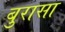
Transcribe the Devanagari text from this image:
बुरासा